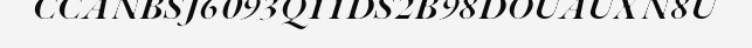
CCANBSJ6093Q11DS2B98DOUAUXN8U